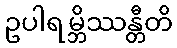
ဥပါရမ္ဘိဿန္တီတိ